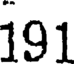
191